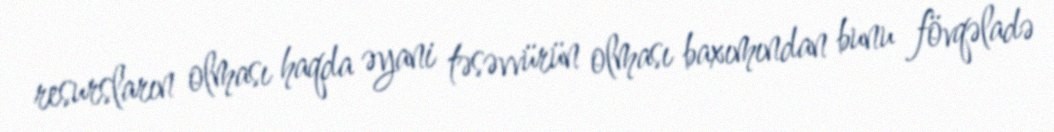
resursların olması haqda əyani təsəvvürün olması baxımından bunu fövqəladə